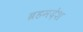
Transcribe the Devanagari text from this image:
ब्रहमदेश